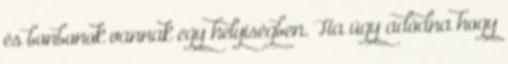
és bonbonok vannak egy helyiségben. Ha úgy adódna hogy